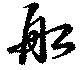
船